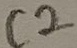
Text: C2